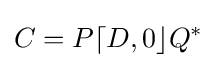
C=P\lceil D,0\rfloor Q^{*}